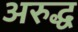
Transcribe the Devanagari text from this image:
अरुद्ध